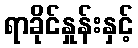
ရာခိုင်နှုန်းနှင့်